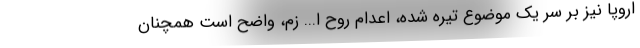
اروپا نیز بر سر یک موضوع تیره شده، اعدام روح ا... زم، واضح است همچنان